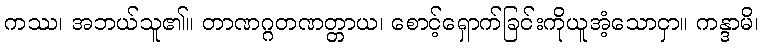
ကဿ၊ အဘယ်သူ၏။ တာဏဂ္ဂတဏတ္တာယ၊ စောင့်ရှောက်ခြင်းကိုယူအံ့သောငှာ။ ကန္ဒာမိ၊